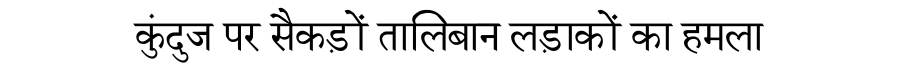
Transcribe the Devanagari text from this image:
कुंदुज पर सैकड़ों तालिबान लड़ाकों का हमला